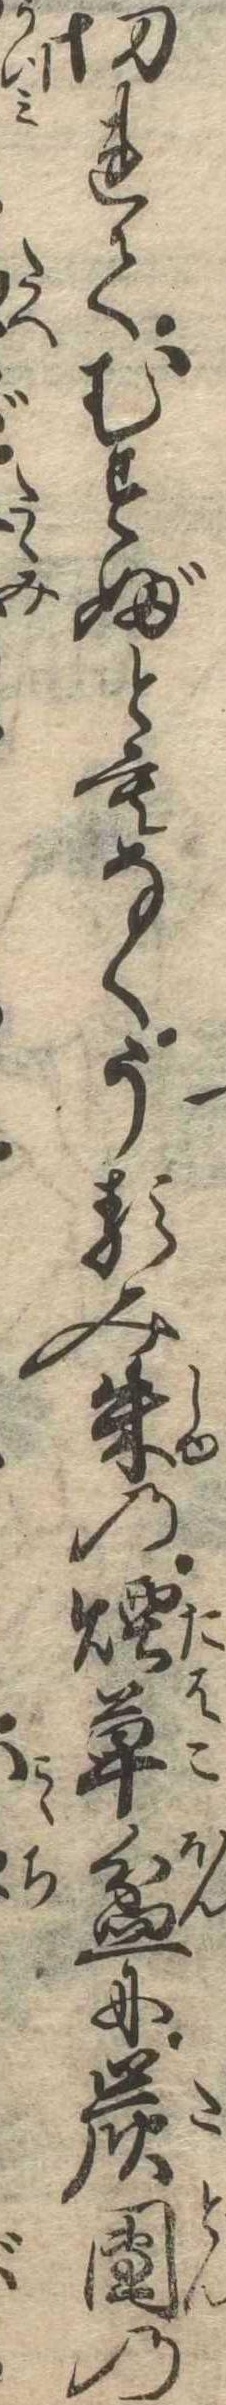
切れてむすぶともなくうるみ朱の煙草盆に炭団の